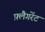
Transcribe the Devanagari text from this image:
फ़्लैगरेंट